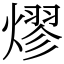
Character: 熮